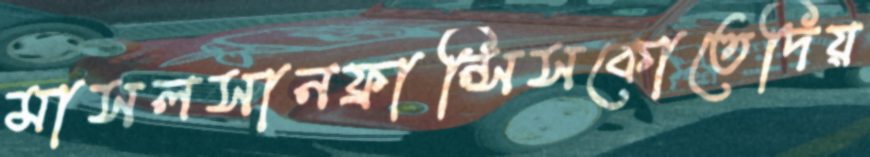
মাসলসানফ্রান্সিসকোতেদিয়